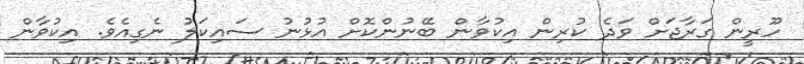
ހޫރީން ގަރާޖަށް ވަދެ ކުރިން އިކުވާން ބޭނުންކޮށް އުޅުނު ސައިކަލު ނެގިއެވެ. އިކުވާން